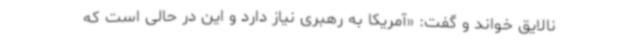
نالایق خواند و گفت: «آمریکا به رهبری نیاز دارد و این در حالی است که